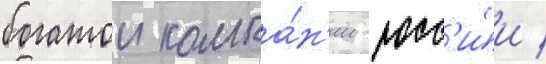
богатои компа́н'ии росс'и́и /